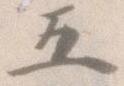
五